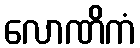
လောဏိကံ